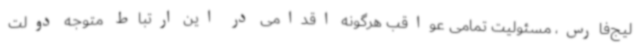
لیج‌فارس، مسئولیت تمامی عواقب هرگونه اقدامی در این ارتباط متوجه دولت